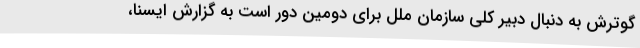
گوترش به دنبال دبیر کلی سازمان ملل برای دومین دور است به گزارش ایسنا،